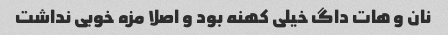
نان و هات داگ خیلی کهنه بود و اصلا مزه خوبی نداشت